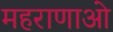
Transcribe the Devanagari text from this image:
महराणाओ